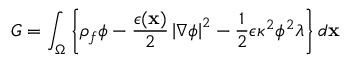
G = \int _ { \Omega } \left\{ \rho _ { f } \phi - \frac { \epsilon ( \mathbf { x } ) } { 2 } \left| \nabla \phi \right| ^ { 2 } - \frac { 1 } { 2 } \epsilon \kappa ^ { 2 } \phi ^ { 2 } \lambda \right\} d \mathbf { x }